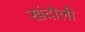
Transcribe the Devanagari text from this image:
खंदोली